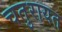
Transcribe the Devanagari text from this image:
चतुरायत